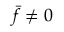
\bar { f } \ne 0